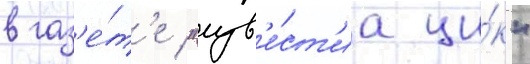
в газ'е́т'е "изв'е́ст'иа ци́к"